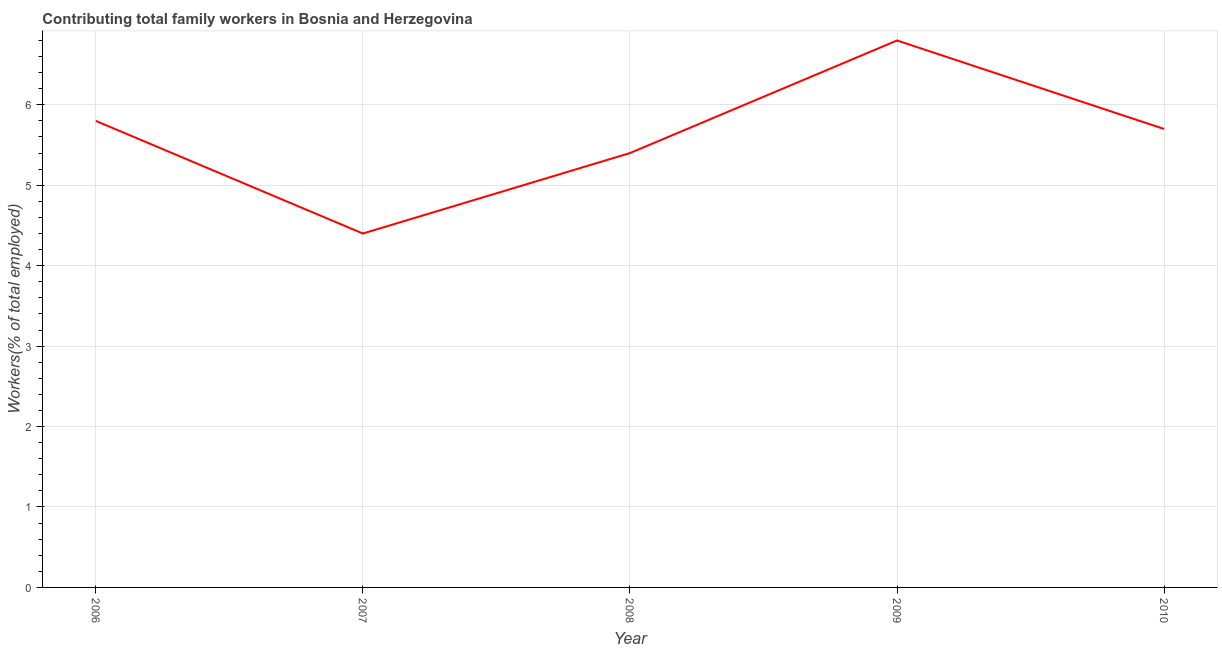
| Year | Contributing family workers |
 | --- | --- |
 | 2006 | 5.8 |
 | 2007 | 4.4 |
 | 2008 | 5.4 |
 | 2009 | 6.8 |
 | 2010 | 5.7 |